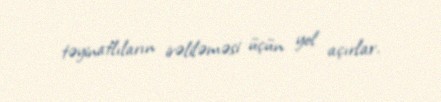
təyinatlıların irəliləməsi üçün yol açırlar.